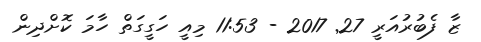
ޒާ ފެބުރުއަރީ 27